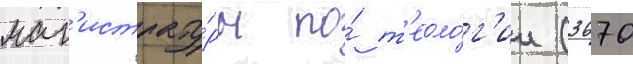
маг'истрату́ры по́ т'еоло́г'ии (3670